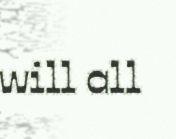
will all